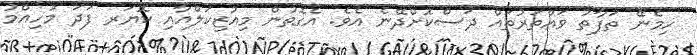
ހިމެނޭ ތަފާތު ވައްތަރުތައް ދަސްކޮށްދޭނެ އެވެ. އެގޮތުން މިއުޒިކަލްއާއި ކޮޔަރ ފަދަ މުހިއްމު